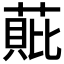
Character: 𮐧